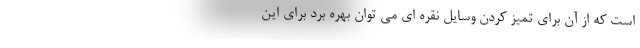
است که از آن برای تمیز کردن وسایل نقره ای می توان بهره برد برای این